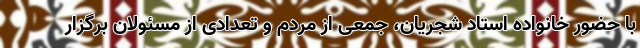
با حضور خانواده استاد شجریان، جمعی از مردم و تعدادی از مسئولان برگزار